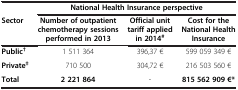
|  | <COLSPAN=3> National Health Insurance perspective |
 | Sector | Number of outpatient chemotherapy sessions performed in 2013 | Official unit tariff applied in 2014# | Cost for the National Health Insurance |
 | --- | --- | --- | --- |
 | Public† | 1 511 364 | 396,37 € | 599 059 349 € |
 | Private‡ | 710 500 | 304,72 € | 216 503 560 € |
 | Total | 2 221 864 | - | 815 562 909 €* |